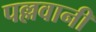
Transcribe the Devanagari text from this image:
पल्लवानी